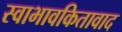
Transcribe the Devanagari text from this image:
स्वाभावकितावाद